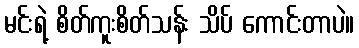
မင်းရဲ့ စိတ်ကူးစိတ်သန်း သိပ် ကောင်းတာပဲ။